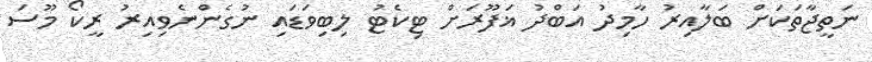
ނަތީޖާތަކަށް ބަލާއިރު ހާމިދު އަބްދު ޣަފޫރަށް ޓިކެޓު ލިބިވަޑައި ނުގެންނެވިއިރު ރީކޯ މޫސަ